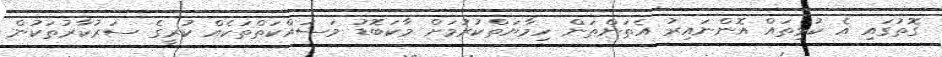
ގޮތުގައި އެ ކުޅިތައް އޮންނައިރު އެތަންތަން ހިމާޔަތްކުރުމަށް މާކަބޮޑު މަސައްކަތްތަކެއް ކުރީގެ ސަރުކާރުތަކުން